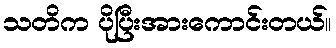
သတိက ပိုပြီးအားကောင်းတယ်။